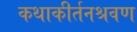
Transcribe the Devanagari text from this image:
कथाकीर्तनश्रवण